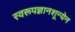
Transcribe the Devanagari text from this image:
स्वरूपज्ञानशून्येन